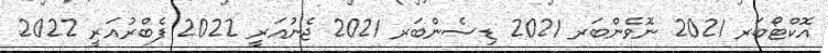
އޮކްޓޯބަރ 2021 ނޮވެންބަރ 2021 ޑިސެންބަރ 2021 ޖެނުއަރީ 2022 ފެބްރުއަރީ 2022